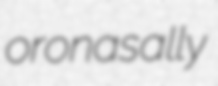
oronasally